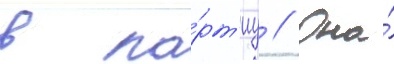
в па́рт'иу // Она́